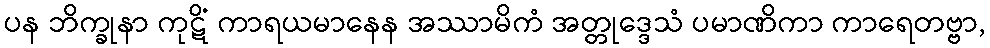
ပန ဘိက္ခုနာ ကုဋိံ ကာရယမာနေန အဿာမိကံ အတ္တုဒ္ဒေသံ ပမာဏိကာ ကာရေတဗ္ဗာ,